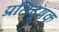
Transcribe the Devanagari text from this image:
प्रतिदूषक